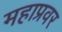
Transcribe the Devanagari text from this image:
महाप्रवर